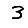
Digit: 3